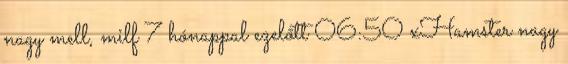
nagy mell, milf 7 hónappal ezelőtt 06:50 xHamster nagy